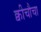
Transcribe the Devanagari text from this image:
क्वीचौचा